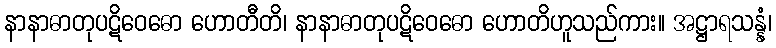
နာနာဓာတုပဋိဝေဓော ဟောတီတိ၊ နာနာဓာတုပဋိဝေဓော ဟောတိဟူသည်ကား။ အဋ္ဌာရသန္နံ၊